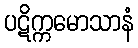
ပဋိက္ကမောသာနံ